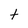
Character: t